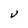
Character: V